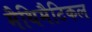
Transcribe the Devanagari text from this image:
मैथिमैटिकल